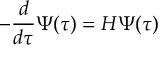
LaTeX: - { \frac { d } { d \tau } } \Psi ( \tau ) = H \Psi ( \tau )